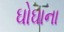
ઘોઘાના